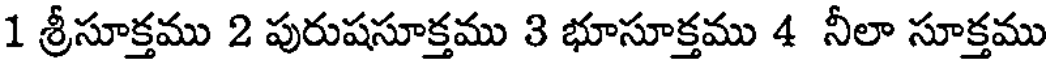
1 శ్రీసూక్తము 2 పురుషసూక్తము 3 భూసూక్తము 4 నీలా సూక్తము